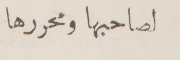
لصاحبها ومحررها